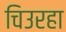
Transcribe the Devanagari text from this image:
चिउरहा